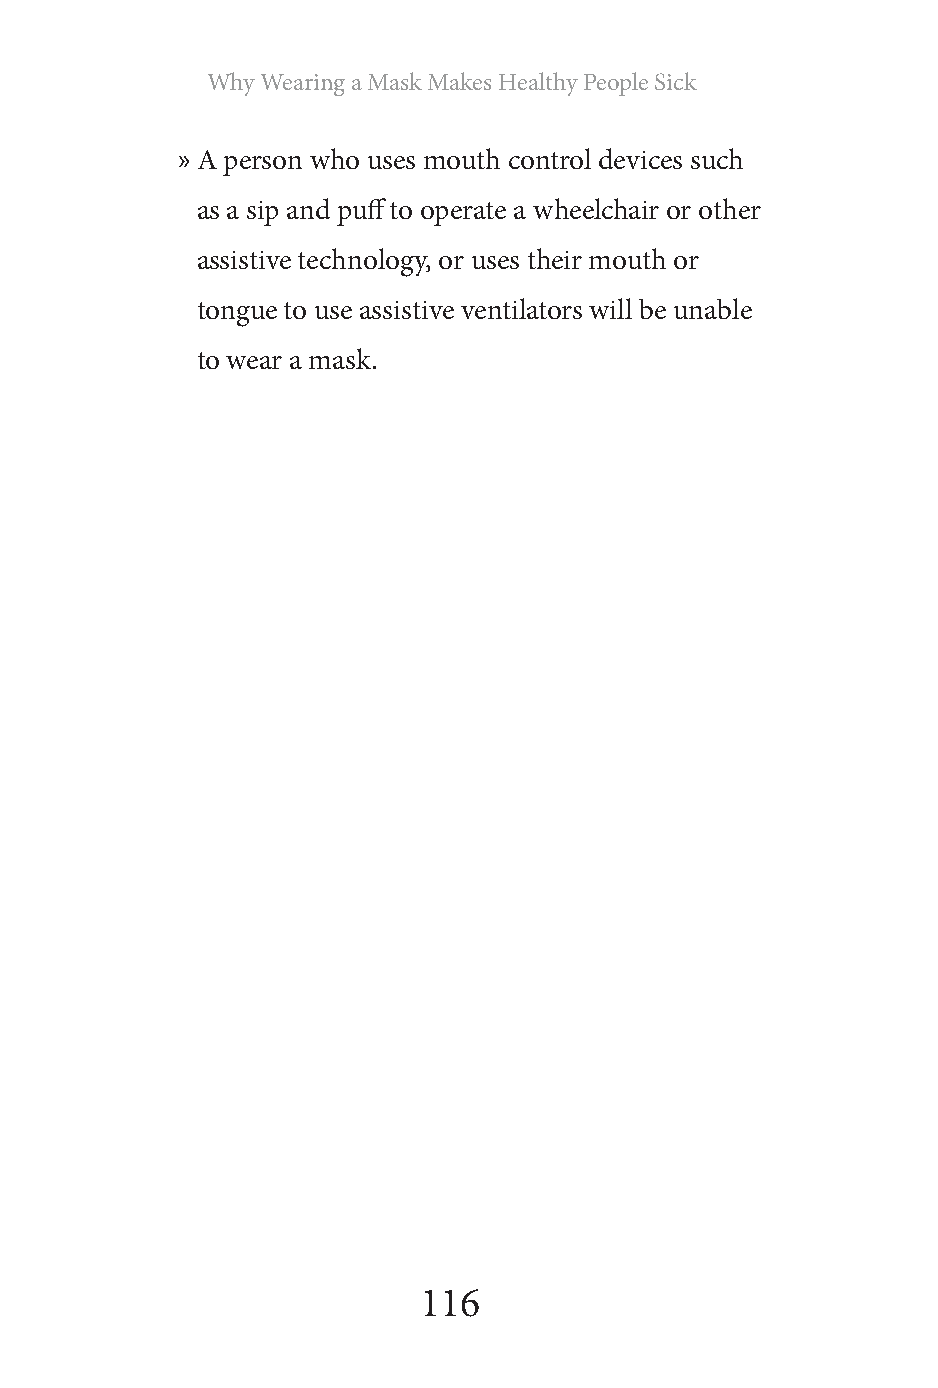
Why Wearing a Mask Makes Healthy People Sick
 » A person who uses mouth control devices such
 as a sip and puff to operate a wheelchair or other
 assistive technology, or uses their mouth or
 tongue to use assistive ventilators will be unable
 to wear a mask.
 116